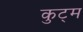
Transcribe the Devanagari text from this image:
कुट्म